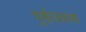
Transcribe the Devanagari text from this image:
पुर्णव्यवस्था